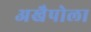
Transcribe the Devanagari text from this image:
अखैपोला